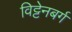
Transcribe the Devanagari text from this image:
विट्टेनबर्ग